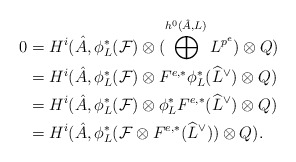
\begin{align*}0&=H^i(\hat{A},\phi_{L}^*(\mathcal{F})\otimes(\bigoplus^{h^0(\hat{A},L)}L^{p^e})\otimes Q) \\&=H^i(\hat{A},\phi_{L}^*(\mathcal{F})\otimes F^{e,*}\phi_{L}^*(\widehat{L}^{\vee})\otimes Q) \\&=H^i(\hat{A},\phi_{L}^*(\mathcal{F})\otimes\phi_{L}^*F^{e,*}(\widehat{L}^{\vee})\otimes Q) \\&=H^i(\hat{A},\phi_{L}^*(\mathcal{F}\otimes F^{e,*}(\widehat{L}^{\vee}))\otimes Q). \end{align*}